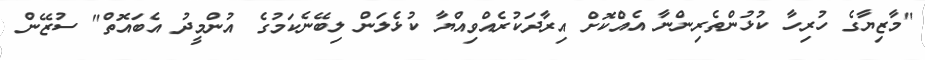
"މާޒިޔާގެ ހުރިހާ ކުޅުންތެރިންނާ އެއްކޮށް އިރާދަކުރެއްވިއްޔާ ކުޅެލަން ލިބޭނެކަމުގެ އުންމީދު އެބައޮތް" ސުޒޭން